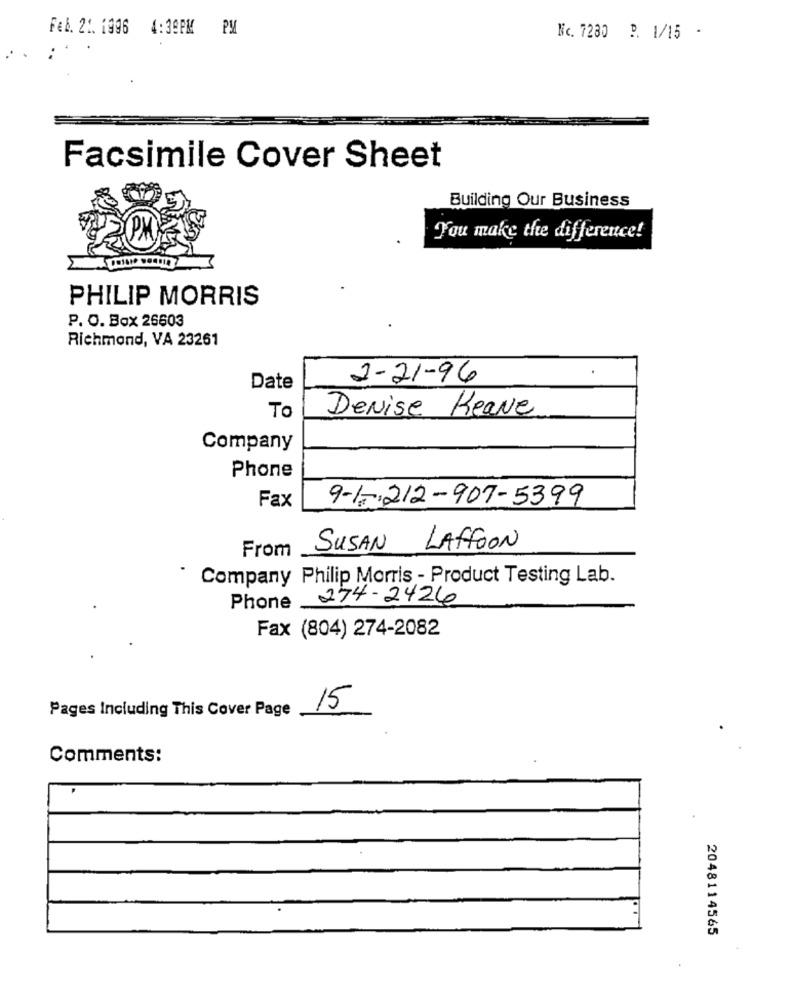
Feb. 21. 1996 4:39PM PM
Nc. 7280 P. 1/15 -
Facsimile Cover Sheet
Building Our Business
You make the difference!
PHILIP MORRIS
P. O. Box 26603
Richmond, VA 23261
2-21-96
Date
Denise Keane
To
Company
Phone
Fax
9-1-212-907-5399
From
SUSAN
LAFFOON
Company Philip Morris - Product Testing Lab.
Phone 274-2426
Fax (804) 274-2082
15
Pages Including This Cover Page
Comments:
2048114565